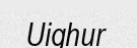
Uighur